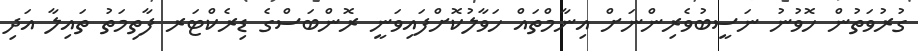
ގުރުވަތުން ހޮވުނު ނަސީބުވެރިންނަށް އިނާމްތައް ހަވާލުކޮށްފައިވަނީ ރޮންބަސްގެ ޑިރެކްޓަރ ފާތިމަތު ތައިލާ އަދި